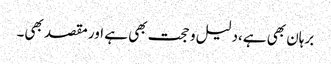
برہان بھی ہے،دلیل و حجت بھی ہے اور مقصد بھی۔